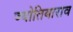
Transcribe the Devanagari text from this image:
ज्योतिबाराव